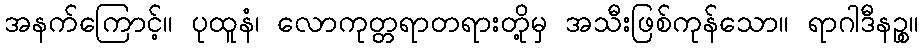
အနက်ကြောင့်။ ပုထူနံ၊ လောကုတ္တရာတရားတို့မှ အသီးဖြစ်ကုန်သော။ ရာဂါဒီနဉ္စ။